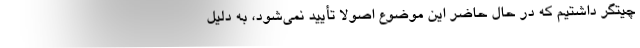
چیتگر داشتیم که در حال حاضر این موضوع اصولا تأیید نمی‌شود، به دلیل